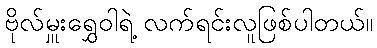
ဗိုလ်မှူးရွှေဝါရဲ့ လက်ရင်းလူဖြစ်ပါတယ်။